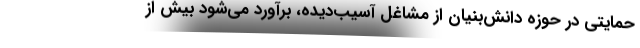
حمایتی در حوزه دانش‌بنیان از مشاغل آسیب‌دیده‌، برآورد می‌شود بیش از